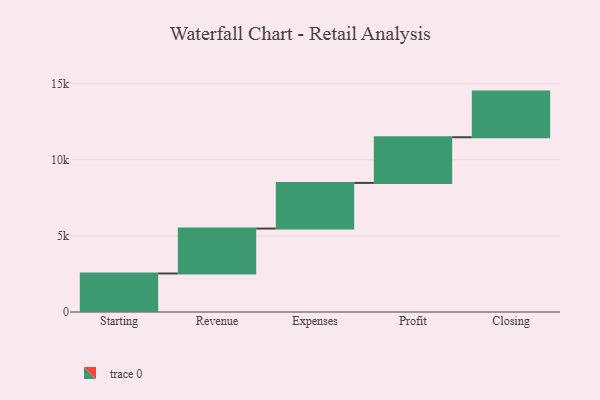
{"axis": {"x": "Step", "y": "Value"}, "legend": [""], "data": [{"x": "Starting", "y": 2532.0, "type": ""}, {"x": "Revenue", "y": 2951.0, "type": ""}, {"x": "Expenses", "y": 3000, "type": ""}, {"x": "Profit", "y": 3000, "type": ""}, {"x": "Closing", "y": 3000, "type": ""}]}